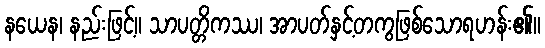
နယေန၊ နည်းဖြင့်။ သာပတ္တိကဿ၊ အာပတ်နှင့်တကွဖြစ်သောရဟန်း၏။